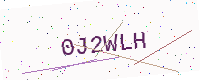
Text: 0J2WLH